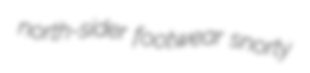
north-sider footwear snorty